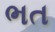
ભત